Burma Government Medical School reports 1907-22
Year: 1907
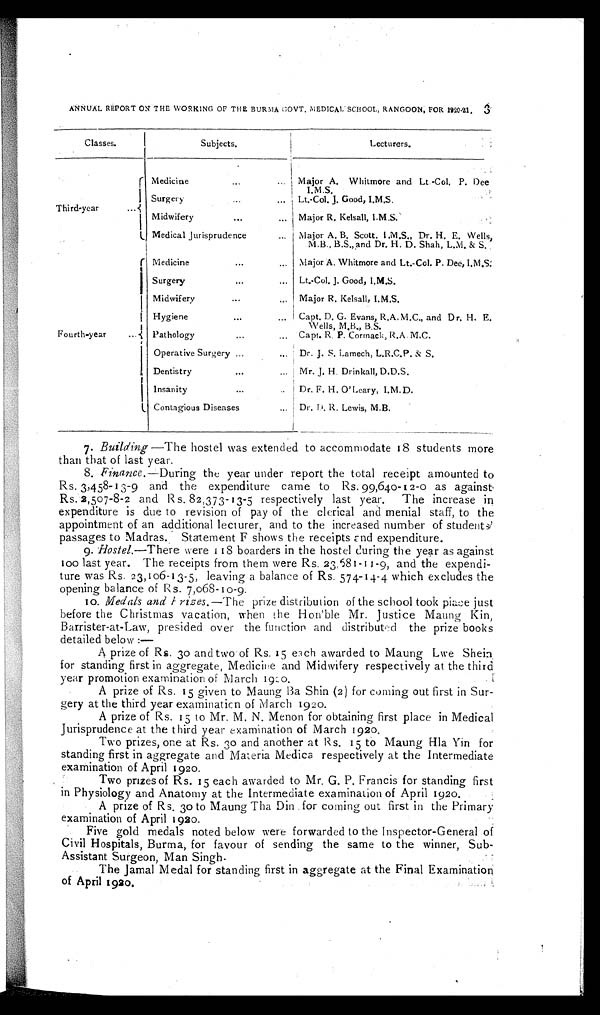
ANNUAL REPORT ON THE WORKING OF THE BURMA GOVT. MEDICAL SCHOOL, RANGOON, FOR 1920-21.
Classes.
Subjects.
Lecturers.
Third-year . . .
Medicine . . .
Major A. Whitmore and Lt.-Col. P. Dee
I.M.S.
Surgery . . .
Lt.-Col. J. Good, I.M.S.
Midwifery . . .
Major R. Kelsall, I.M.S.
Medical Jurisprudence . . .
Major A. B. Scott. I .M.S., Dr. H. E. Wells,
M.B., B.S.,and Dr. H. D. Shah, L.M. & S.
Fourth-year . . .
Medicine . . .
Major A. Whitmore and Lt.-Col. P. Dee, I.M.S.
Surgery . . .
Lt.-Col. J. Good, I.M.S.
Midwifery . . .
Major R. Kelsall, I.M.S.
Hygiene . . .
Capt. D. G. Evans, R.A.M.C., and Dr. H. E.
Wells, M.B., B.S.
Pathology . . .
Capt. R. P. Cormack, R.A. M.C.
Operative Surgery . . .
Dr. J. S. Lamech, L.R.C.P. & S.
Dentistry . . .
Mr. J. H. Drinkall, D.D.S.
Insanity . . .
Dr. F. H. O'Leary, I.M. D.
Contagious Diseases . . .
Dr. D. R. Lewis, M.B.
7. Building— The hostel was extended to accommodate 18 students more
than that of last year.
8. Finance.—During the year under report the total receipt amounted to
Rs. 3,458-13-9 and the expenditure came to Rs. 99,640-12- 0 as against
Rs. 2,507-8-2 and Rs. 82,373-13-5 respectively last year. The increase in
expenditure is due to revision of pay of the clerical and menial staff, to the
appointment of an additional lecturer, and to the increased number of student
s' passages to Madras. Statement F shows the receipts and expenditure.
9. Hostel.—There were 118 boarders in the hostel during the year as against
100 last year. The receipts from them were Rs. 23,581-11- 9, and the expendi
-ture was Rs. 23,106-13-5, leaving a balance of Rs. 574-14-4 which excludes the
opening balance of Rs. 7,068-10-9.
10. Medals and prizes.—The prize distribution of the school took place just
before the Christmas vacation, when the Hon'ble Mr. Justice Maung Kin,
Barrister-at-Law, presided over the function and distributed the prize books
detailed below
: —
A prize of Rs. 30 and two of Rs. 15 each awarded to Maung Lwe Shein
for standing first in aggregate, Medicine and Midwifery respectively at the third
year promotion examination of March 1920.
A prize of Rs. 15 given to Maung Ba Shin (2) for coming out first in Sur
- g e r y a t t h e t h i r d y e a r e x a m i n a t i o n o f M a r c h 1 9 2 o .
A prize of Rs. 15 to Mr. M. N. Menon for obtaining first place in Medical
Jurisprudence at the third year examination of March 1920.
Two prizes, one at Rs. 30 and another at Rs. 15 to Maung Hla Yin for
standing first in aggregate and Materia Medica respectively at the Intermediate
examination of April 1920.
Two prizes of Rs. 15 each awarded to Mr. G. P. Francis for standing first
in Physiology and Anatomy at the Intermediate examination of April 1920.
A prize of Rs. 30 to Maung Tha Din for coming out first in the Primary
examination of April 1920.
Five gold medals noted below were forwarded to the Inspector-General of
Civil Hospitals, Burma, for favour of sending the same to the winner, Sub
-Assistant Surgeon, Man Singh
.
The Jamal Medal for standing first in aggregate at the Final Examination
of April 1920.